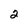
Character: 2